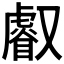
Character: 𠮏